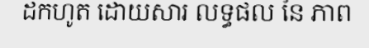
ដកហូត ដោយសារ លទ្ធផល នៃ ភាព